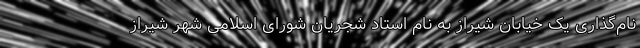
نام‌گذاری یک خیابان شیراز به نام استاد شجریان شورای اسلامی شهر شیراز